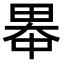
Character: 𪽓